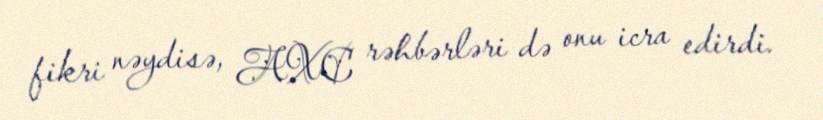
fikri nəydisə, AXC rəhbərləri də onu icra edirdi.